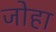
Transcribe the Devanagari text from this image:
जोहा